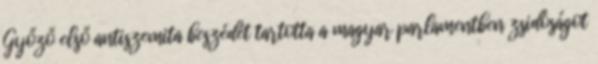
Győző első antiszemita beszédét tartotta a magyar parlamentben zsidóságot